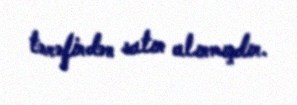
tərəfindən satın alınmışdır.